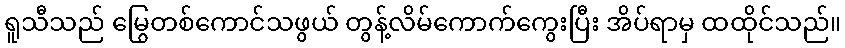
ရူသီသည် မြွေတစ်ကောင်သဖွယ် တွန့်လိမ်ကောက်ကွေးပြီး အိပ်ရာမှ ထထိုင်သည်။